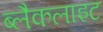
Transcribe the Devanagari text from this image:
ब्लैकलाइट